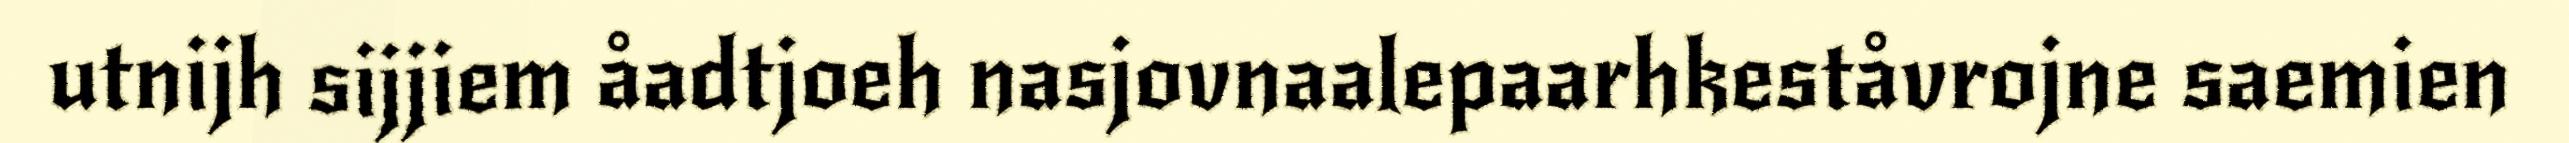
utnijh sijjiem åadtjoeh nasjovnaalepaarhkeståvrojne saemien